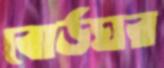
বোর্ডঘর